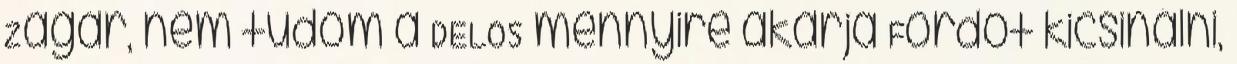
Zagar, nem tudom a DELOS mennyire akarja Fordot kicsinálni,